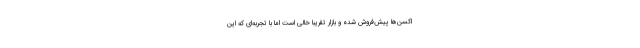
اکسن‌ها پیش‌فروش شده و بازار تقریبا خالی است اما با تجربه‌ای که این